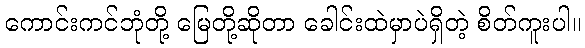
ကောင်းကင်ဘုံတို့ မြေတို့ဆိုတာ ခေါင်းထဲမှာပဲရှိတဲ့ စိတ်ကူးပါ။